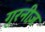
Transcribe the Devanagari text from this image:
गुरनीज़